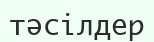
тәсілдер